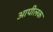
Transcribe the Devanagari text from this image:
आपीलक